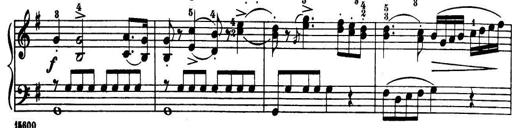
Title: 32 Sonatinas and Rondos for the Piano
Composer: Richard Kleinmichel